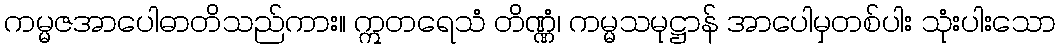
ကမ္မဇအာပေါဓာတိသည်ကား။ ဣတရေသံ တိဏ္ဏံ၊ ကမ္မသမုဋ္ဌာန် အာပေါမှတစ်ပါး သုံးပါးသော